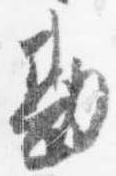
勘